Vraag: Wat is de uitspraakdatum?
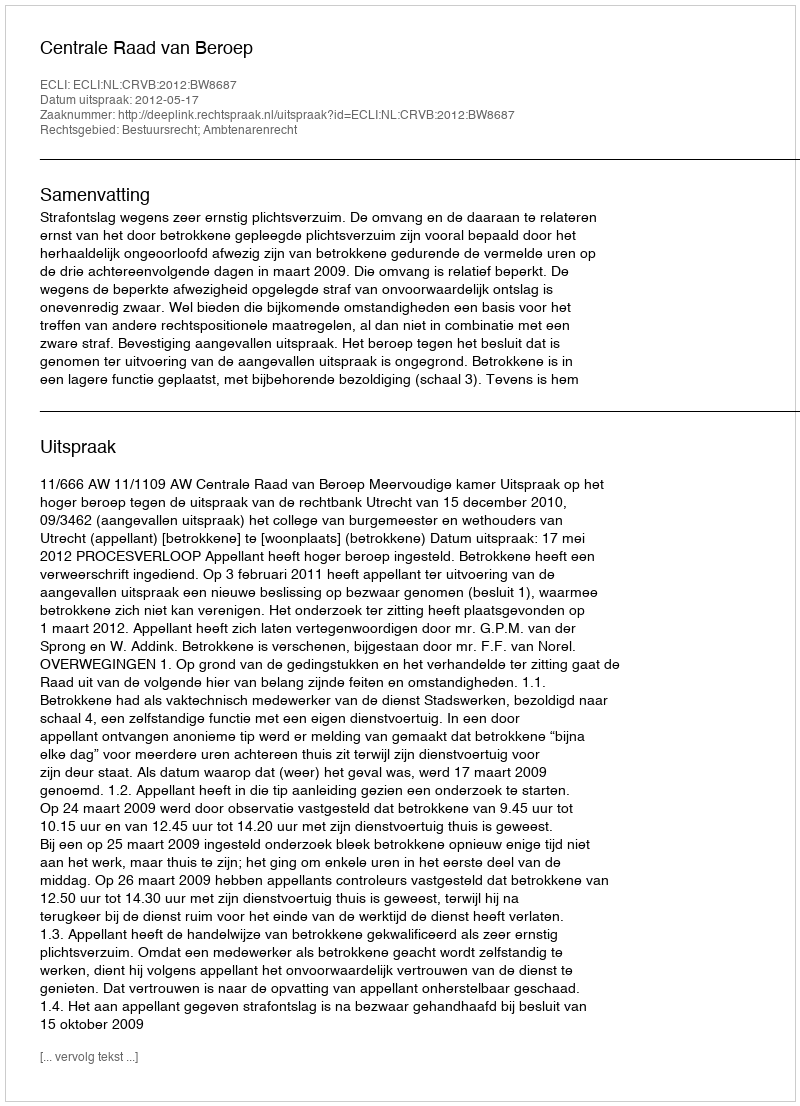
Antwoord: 2012-05-17